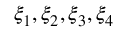
\xi _ { 1 } , \xi _ { 2 } , \xi _ { 3 } , \xi _ { 4 }